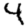
Digit: 4